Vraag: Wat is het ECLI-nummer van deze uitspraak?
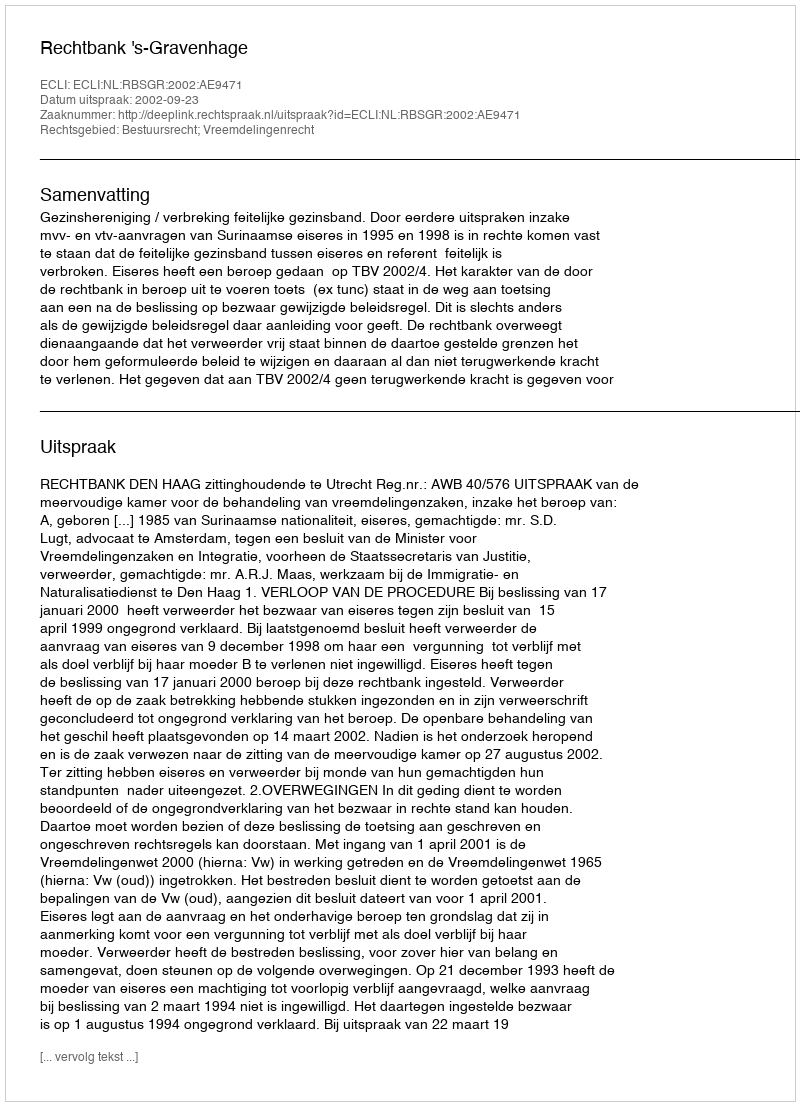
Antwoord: ECLI:NL:RBSGR:2002:AE9471